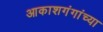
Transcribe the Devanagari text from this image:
आकाशगंगांच्या